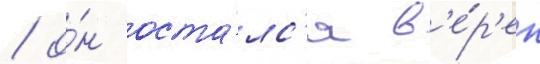
/ о́н оста́лс'я в'е́р'ен